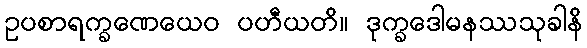
ဥပစာရက္ခဏေယေဝ ပဟီယတိ။ ဒုက္ခဒေါမနဿသုခါနိ